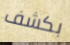
بكشف